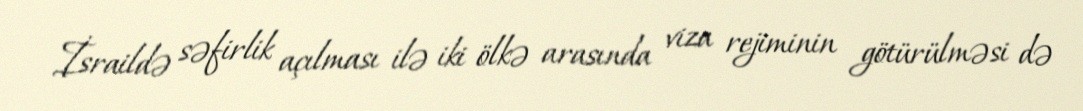
İsraildə səfirlik açılması ilə iki ölkə arasında viza rejiminin götürülməsi də